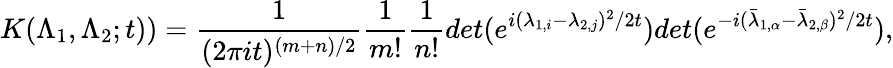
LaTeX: K(\Lambda_{1},\Lambda_{2};t))=\frac{1}{(2\pi it)^{(m+n)/2}}\frac{1}{m!}\frac{1}{n!}det(e^{i(\lambda_{1,i}-\lambda_{2,j})^{2}/2t})det(e^{-i({\bar{\lambda}}_{1,\alpha}-{\bar{\lambda}}_{2,\beta})^{2}/2t}),